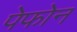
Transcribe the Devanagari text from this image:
पेफोन